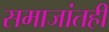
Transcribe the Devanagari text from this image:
समाजांतही